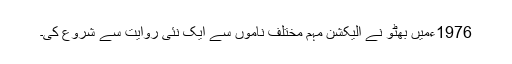
1976ءمیں بھٹو نے الیکشن مہم مختلف ناموں سے ایک نئی روایت سے شروع کی۔